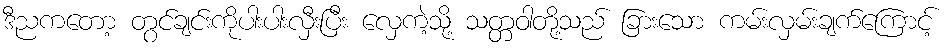
ဒီညကတော့ တွင်ချင်းကိုပါးပါးလှီးပြီး လှေကဲ့သို့ သတ္တဝါတို့သည် ခြားသော ကမ်းလှမ်းချက်ကြောင့်